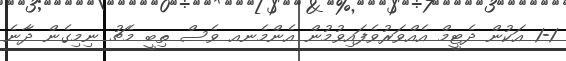
1-1 އަކުން ދެޓީމް އެއްވަރުވެފައިވުމުން އެންމެނއ ވެސް ތިބީ މެޗު ނިމިގެން ދާނެ